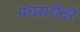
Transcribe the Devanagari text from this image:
पंचसरोवरे